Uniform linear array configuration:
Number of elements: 12
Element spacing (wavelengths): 0.75
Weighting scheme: exponential
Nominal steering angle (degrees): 0
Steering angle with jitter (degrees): -1.846
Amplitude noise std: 0.05
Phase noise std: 0.05

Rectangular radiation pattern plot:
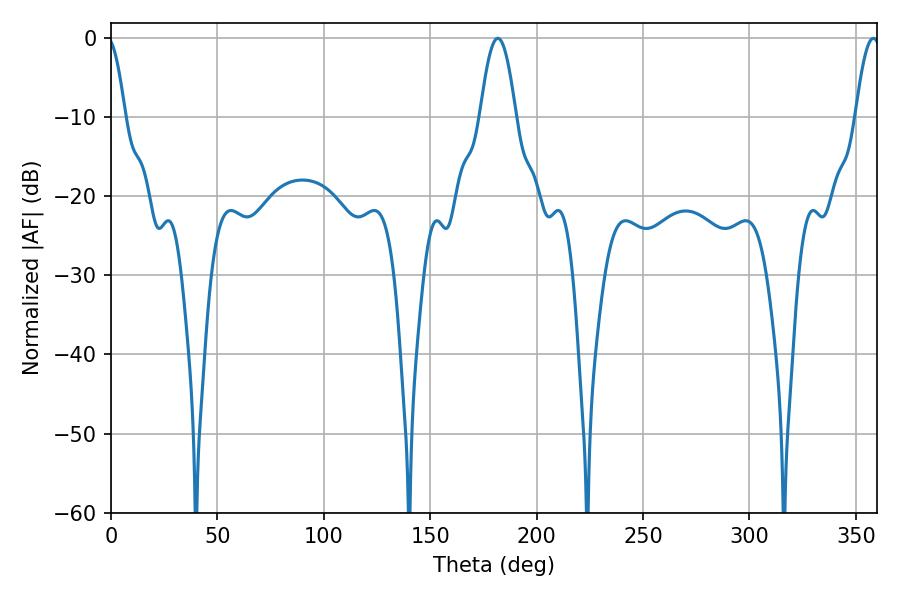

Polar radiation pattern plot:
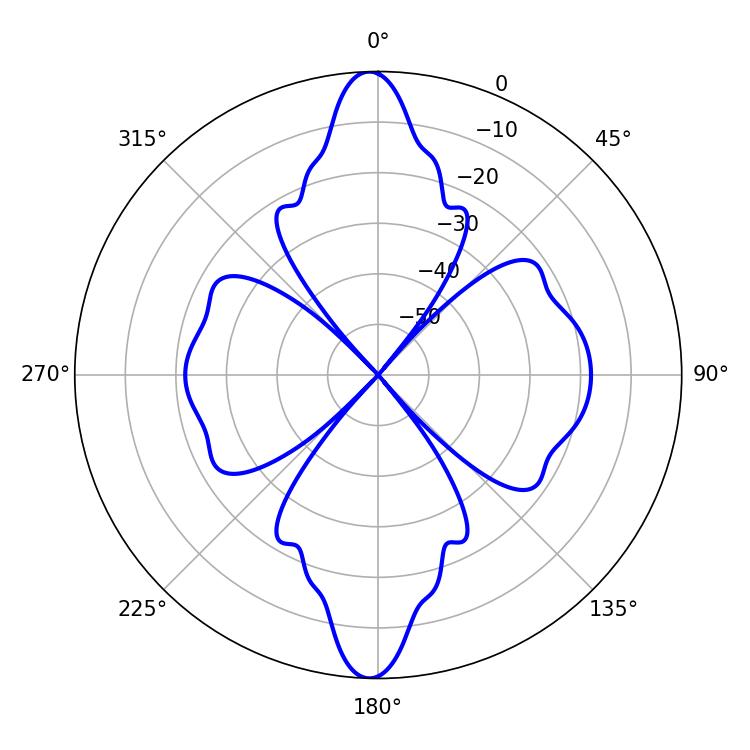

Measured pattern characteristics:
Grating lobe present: TRUE
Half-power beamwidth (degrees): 9
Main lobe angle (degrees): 181.8